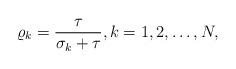
LaTeX: \begin{align*} \varrho_{k} = \frac{\tau}{\sigma_{k} + \tau}, k=1, 2, \ldots, N, \end{align*}